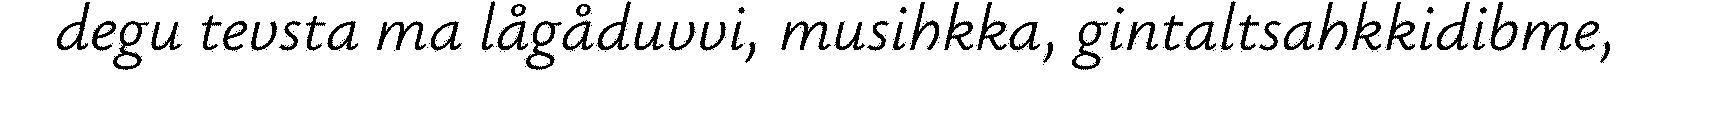
degu tevsta ma lågåduvvi, musihkka, gintaltsahkkidibme,